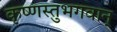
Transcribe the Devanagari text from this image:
कृष्णस्तुभगवान्